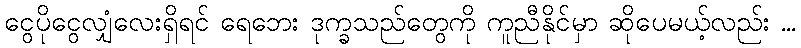
ငွေပိုငွေလျှံလေးရှိရင် ရေဘေး ဒုက္ခသည်တွေကို ကူညီနိုင်မှာ ဆိုပေမယ့်လည်း ...